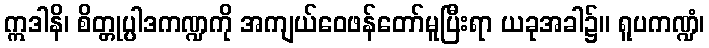
ဣဒါနိ၊ စိတ္တုပ္ပါဒကဏ္ဍကို အကျယ်ဝေဖန်တော်မူပြီးရာ ယခုအခါ၌။ ရူပကဏ္ဍံ၊